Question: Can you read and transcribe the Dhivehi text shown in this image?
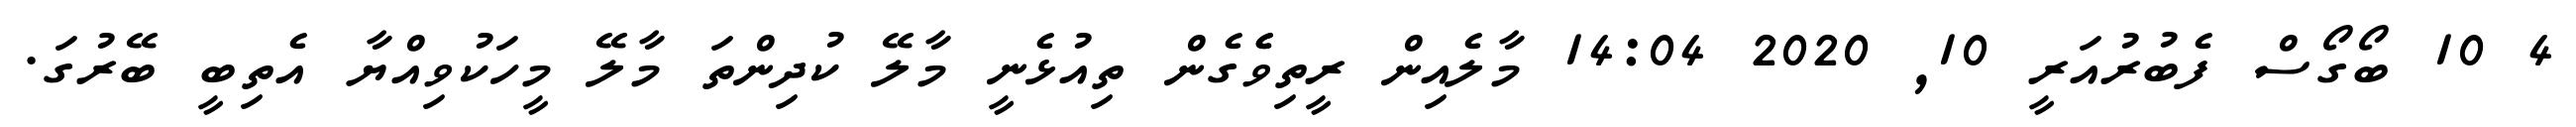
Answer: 4 10 ބޯގޯސް ފެބުރުއަރީ 10, 2020 14:04 މާލެއިން ރީތިވެެގެން ތިއުޅެނީ މާލޭ ކުދިންތަ މާލޭ މީހަކުވިއްޔާ އެތިބީ ބޭރުގަ.